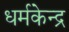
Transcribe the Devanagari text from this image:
धर्मकेन्द्र